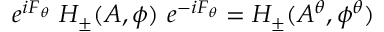
e ^ { i F _ { \theta } } \ H _ { \pm } ( A , \phi ) \ e ^ { - i F _ { \theta } } = H _ { \pm } ( A ^ { \theta } , \phi ^ { \theta } )